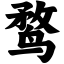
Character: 鹜